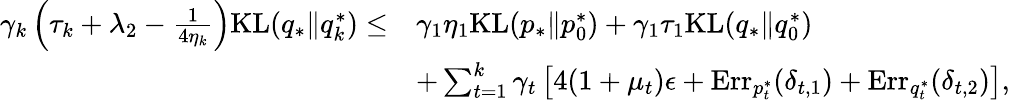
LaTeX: \begin{array}{rl}{\gamma_{k}\left(\tau_{k}+\lambda_{2}-\frac{1}{4\eta_{k}}\right)\mathrm{KL}(q_{*}\| q_{k}^{*})\leq}&{\gamma_{1}\eta_{1}\mathrm{KL}(p_{*}\| p_{0}^{*})+\gamma_{1}\tau_{1}\mathrm{KL}(q_{*}\| q_{0}^{*})}\\ &{+\sum_{t=1}^{k}\gamma_{t}\left[4(1+\mu_{t})\epsilon+\mathrm{Err}_{p_{t}^{*}}(\delta_{t,1})+\mathrm{Err}_{q_{t}^{*}}(\delta_{t,2})\right],}\end{array}